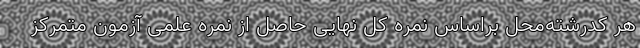
هر کدرشته‌محل براساس نمره کل نهایی حاصل از نمره علمی آزمون متمرکز